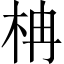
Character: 柟